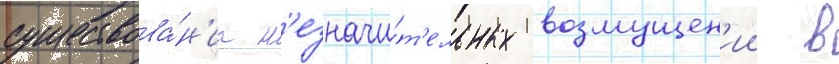
существова́н'иа н'езначи́т'ельных возмущен'ии в